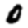
Digit: 0